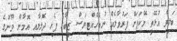
ބަލިވެ އުޅޭތީ މޭކަޕަށް ފަރުވާލެއް ނުބެހެއްޓިޔަސް ޒީބާގެ ފެހި ދެލޮލާއި އޮމާން މޫނުގެ